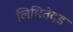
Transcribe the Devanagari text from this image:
लिमितेदड